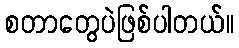
စတာတွေပဲဖြစ်ပါတယ်။